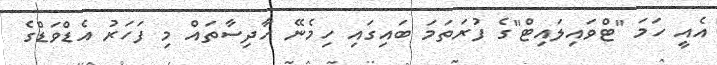
އެއީ ހަމަ "ޓްވައިލައިޓް"ގެ ފުރަތަމަ ބައިގައި ހިމެނޭ ހާދިސާތައް މި ފަހަރު އެޑްވަޑްގެ